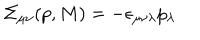
LaTeX: \Sigma _ { \mu \nu } ( p , M ) = - \epsilon _ { \mu \nu \lambda } p _ { \lambda }